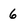
Character: 6